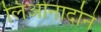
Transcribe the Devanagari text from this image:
लिओनार्दोने